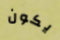
يكون